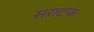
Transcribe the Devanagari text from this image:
सराटफ